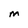
Character: M